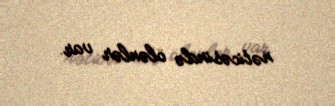
nəticəsində ölənlər var.